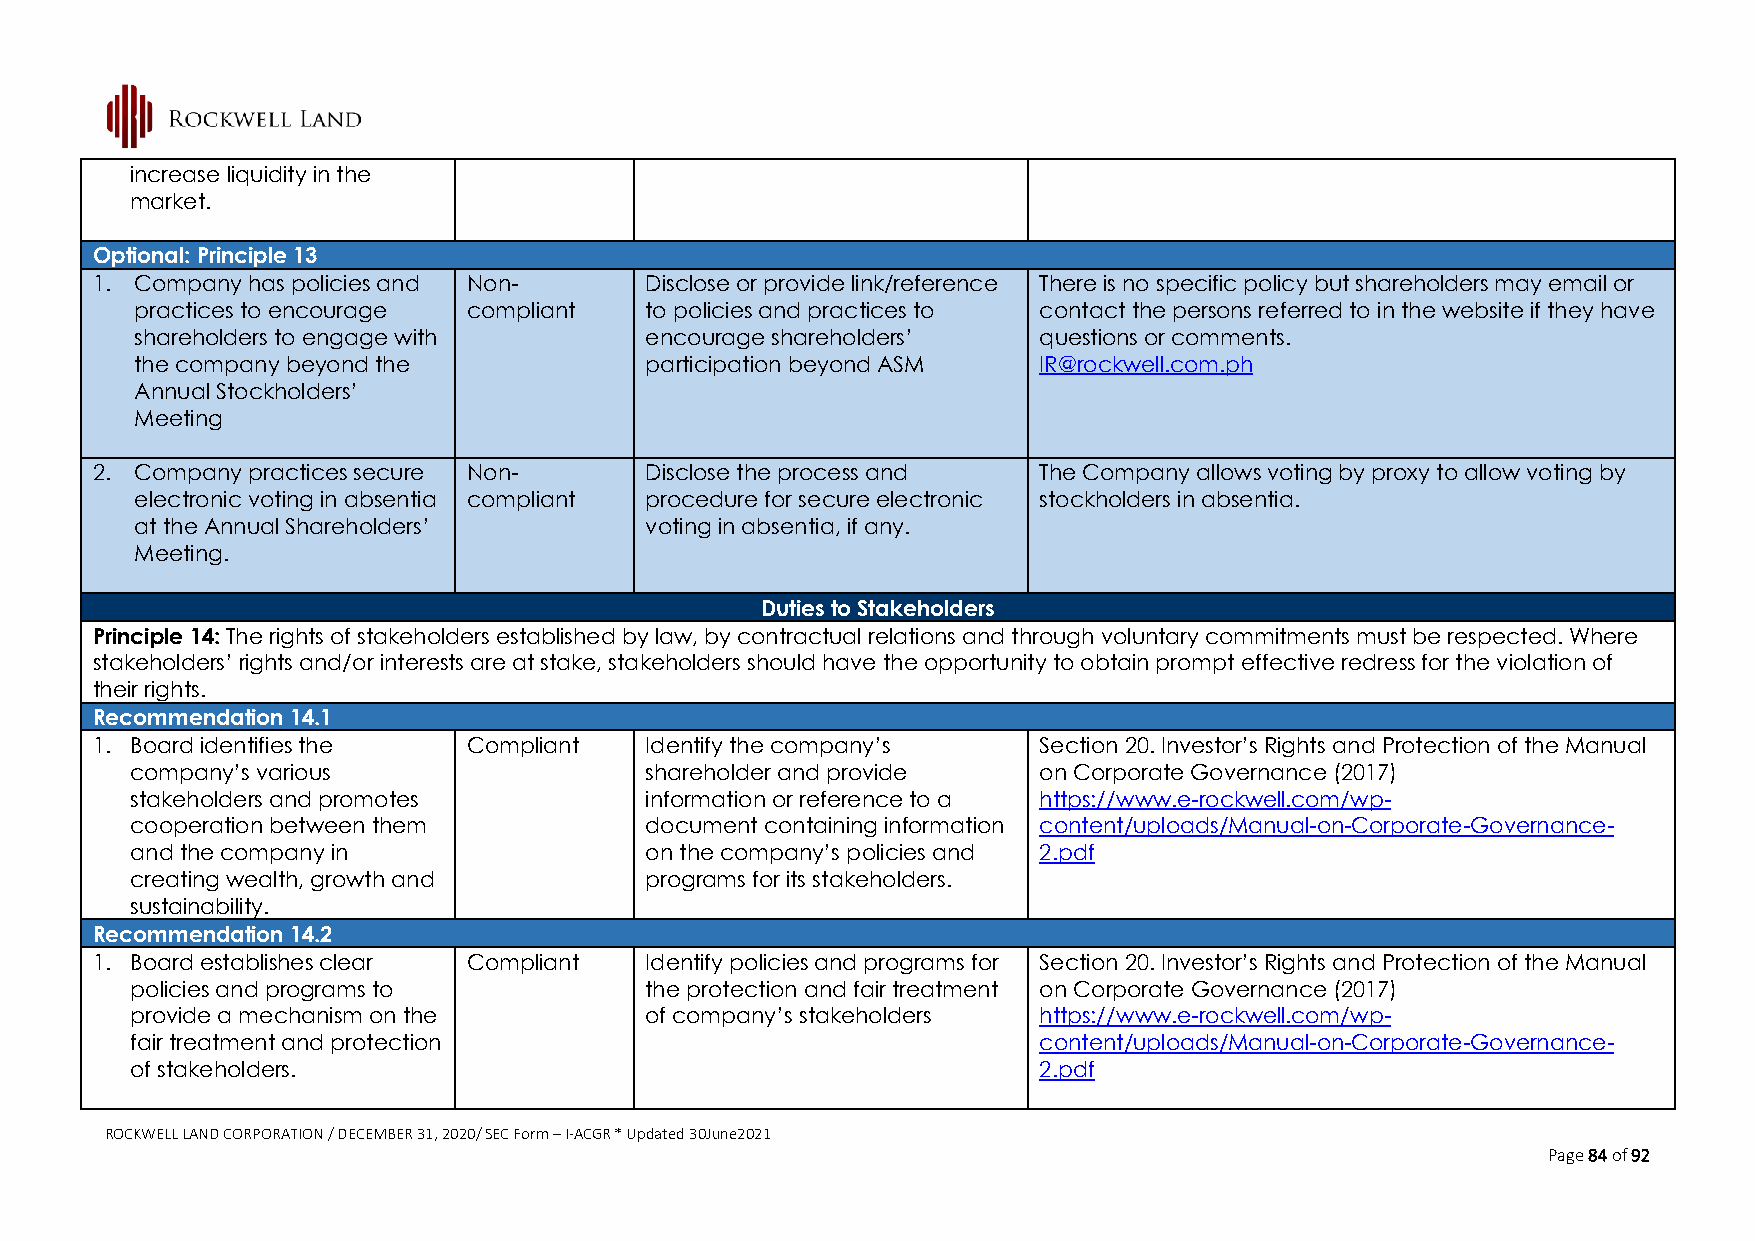
increase liquidity in the
 market.
 Optional: Principle 13
 1. Company has policies and Non-     Disclose or provide link/reference There is no specific policy but shareholders may email or
 practices to encourage compliant  to policies and practices to contact the persons referred to in the website if they have
 shareholders to engage with       encourage shareholders’   questions or comments.
 the company beyond the            participation beyond ASM  IR@rockwell.com.ph
 Annual Stockholders’
 Meeting
 2. Company practices secure Non-     Disclose the process and  The Company allows voting by proxy to allow voting by
 electronic voting in absentia compliant procedure for secure electronic stockholders in absentia.
 at the Annual Shareholders’       voting in absentia, if any.
 Meeting.
 Duties to Stakeholders
 Principle 14: The rights of stakeholders established by law, by contractual relations and through voluntary commitments must be respected. Where
 stakeholders’ rights and/or interests are at stake, stakeholders should have the opportunity to obtain prompt effective redress for the violation of
 their rights.
 Recommendation 14.1
 1. Board identifies the  Compliant   Identify the company’s    Section 20. Investor’s Rights and Protection of the Manual
 company’s various                 shareholder and provide   on Corporate Governance (2017)
 stakeholders and promotes         information or reference to a https://www.e-rockwell.com/wp-
 cooperation between them          document containing information content/uploads/Manual-on-Corporate-Governance-
 and the company in                on the company’s policies and 2.pdf
 creating wealth, growth and       programs for its stakeholders.
 sustainability.
 Recommendation 14.2
 1. Board establishes clear Compliant Identify policies and programs for Section 20. Investor’s Rights and Protection of the Manual
 policies and programs to          the protection and fair treatment on Corporate Governance (2017)
 provide a mechanism on the        of company’s stakeholders https://www.e-rockwell.com/wp-
 fair treatment and protection                               content/uploads/Manual-on-Corporate-Governance-
 of stakeholders.                                            2.pdf
 ROCKWELL LAND CORPORATION / DECEMBER 31, 2020/ SEC Form – I-ACGR * Updated 30June2021
 Page 84 of 92